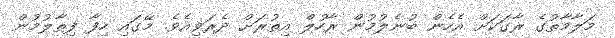
މަލާމާތުގެ ރާގަކަށް އެހެން ބުނެލުމުން ރާހުލް އިތުރަށް ދެރަވިއެވެ. މޭގައި ހިފާ ފިތާލުމުން